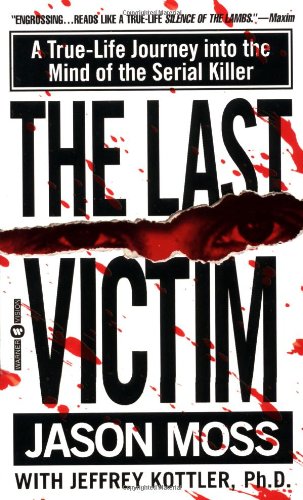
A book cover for The Last Victim: A True-Life Journey into the Mind of the Serial Killer; Jason Moss; Biographies & Memoirs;